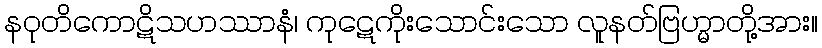
နဝုတိကောဋိသဟဿာနံ၊ ကုဋေကိုးသောင်းသော လူနတ်ဗြဟ္မာတို့အား။